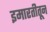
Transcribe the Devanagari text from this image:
इमारतीतून